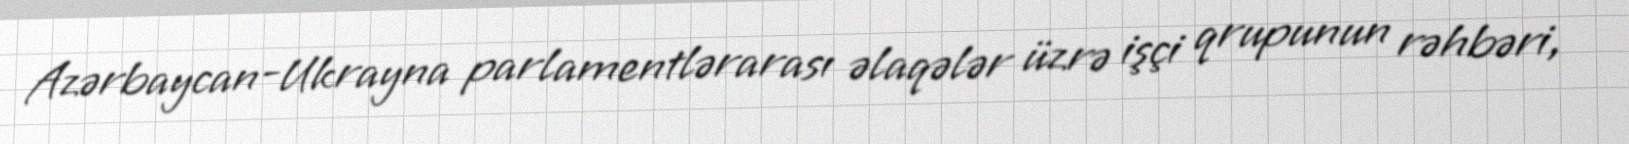
Azərbaycan-Ukrayna parlamentlərarası əlaqələr üzrə işçi qrupunun rəhbəri,